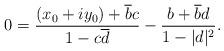
LaTeX: \begin{align*}0= \frac{(x_0+iy_0)+\overline{b}c}{1-c\overline{d}}-\frac{b+\overline{b}d}{1-|d|^2}.\end{align*}